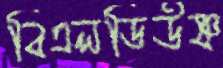
বিএলডিউষ্ণ